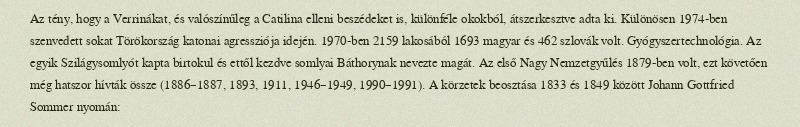
Az tény, hogy a Verrinákat, és valószínűleg a Catilina elleni beszédeket is, különféle okokból, átszerkesztve adta ki. Különösen 1974-ben szenvedett sokat Törökország katonai agressziója idején. 1970-ben 2159 lakosából 1693 magyar és 462 szlovák volt. Gyógyszertechnológia. Az egyik Szilágysomlyót kapta birtokul és ettől kezdve somlyai Báthorynak nevezte magát. Az első Nagy Nemzetgyűlés 1879-ben volt, ezt követően még hatszor hívták össze (1886–1887, 1893, 1911, 1946–1949, 1990–1991). A körzetek beosztása 1833 és 1849 között Johann Gottfried Sommer nyomán: